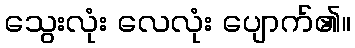
သွေးလုံး လေလုံး ပျောက်၏။